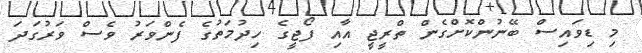
މި ޑިވައިސް ބޭނުންކޮށްގެން ތްރީޖީ އާއި ފޯޖީގެ ހިދުމަތުގެ ފެންވަރު ވެސް ވަރުގަދަ